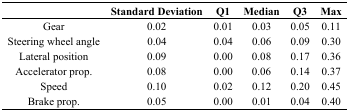
|  | Standard Deviation | Q1 | Median | Q3 | Max |
 | --- | --- | --- | --- | --- | --- |
 | Gear | 0.02 | 0.01 | 0.03 | 0.05 | 0.11 |
 | Steering wheel angle | 0.04 | 0.04 | 0.06 | 0.09 | 0.30 |
 | Lateral position | 0.09 | 0.00 | 0.08 | 0.17 | 0.36 |
 | Accelerator prop. | 0.08 | 0.00 | 0.06 | 0.14 | 0.37 |
 | Speed | 0.10 | 0.02 | 0.12 | 0.20 | 0.45 |
 | Brake prop. | 0.05 | 0.00 | 0.01 | 0.04 | 0.40 |